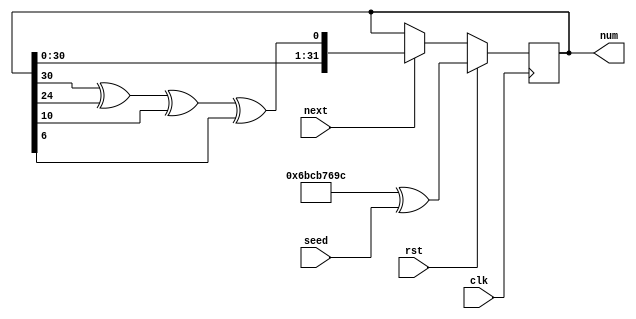
module pn_gen (
    input clk,
    input rst,
    input next,
    input [31:0] seed,
    output [31:0] num
  );

  localparam INIT = 32'b01101011110010110111011010011100;

  reg [31:0] pn_d, pn_q = INIT;

  assign num = pn_q;

  always @(*) begin
    if (next)
      pn_d = {pn_q[30:0], pn_q[30] ^ pn_q[24] ^ pn_q[10] ^ pn_q[6]};
    else
      pn_d = pn_q;
  end

  always @(posedge clk) begin
    if (rst)
      pn_q <= INIT ^ seed;
    else
      pn_q <= pn_d;
  end

endmodule